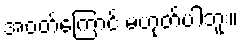
အဝတ်ကြောင့် မဟုတ်ပါဘူး။